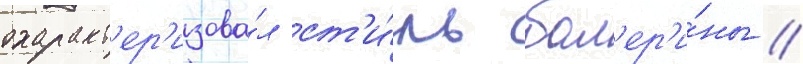
охаракт'ер'изова́л ст'и́ль бал'ер'и́ны //